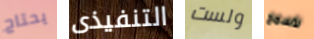
يحتاج التنفيذى ولست لأسمح